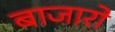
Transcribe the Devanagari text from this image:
बाजारो